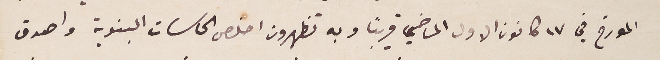
المورخ في ١٧ كانون الاول الماضي قريباً وبه تظهرون اخلص الحاسات البنوية واصدق